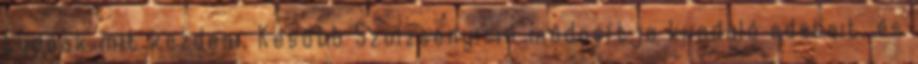
tudnak mit kezdeni. Később Szolzsenyicin módosítja kiinduló adatait, és